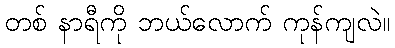
တစ် နာရီကို ဘယ်လောက် ကုန်ကျလဲ။